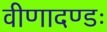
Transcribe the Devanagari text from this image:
वीणादण्डः